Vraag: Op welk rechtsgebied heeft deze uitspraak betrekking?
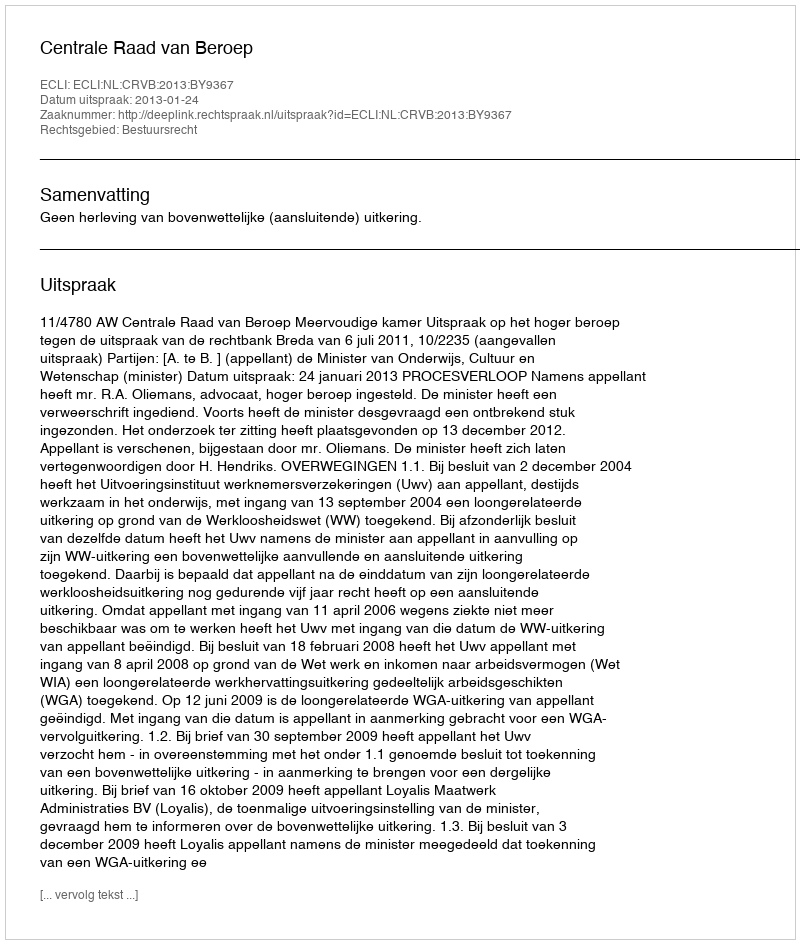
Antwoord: Bestuursrecht